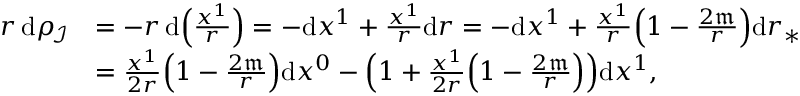
\begin{array} { r l } { r \, { \mathrm d } \rho _ { \! \mathscr I } } & { = - r \, { \mathrm d } \Bigl ( \frac { x ^ { 1 } } { r } \Bigr ) = - { \mathrm d } x ^ { 1 } + \frac { x ^ { 1 } } { r } { \mathrm d } r = - { \mathrm d } x ^ { 1 } + \frac { x ^ { 1 } } { r } \Bigl ( 1 - \frac { 2 \mathfrak { m } } { r } \Bigr ) { \mathrm d } r _ { * } } \\ & { = \frac { x ^ { 1 } } { 2 r } \Bigl ( 1 - \frac { 2 \mathfrak { m } } { r } \Bigr ) { \mathrm d } x ^ { 0 } - \Bigl ( 1 + \frac { x ^ { 1 } } { 2 r } \Bigl ( 1 - \frac { 2 \mathfrak { m } } { r } \Bigr ) \Bigr ) { \mathrm d } x ^ { 1 } , } \end{array}